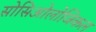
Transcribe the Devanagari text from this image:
सोसिओलोजिकल